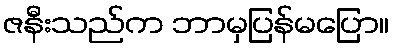
ဇနီးသည်က ဘာမှပြန်မပြော။